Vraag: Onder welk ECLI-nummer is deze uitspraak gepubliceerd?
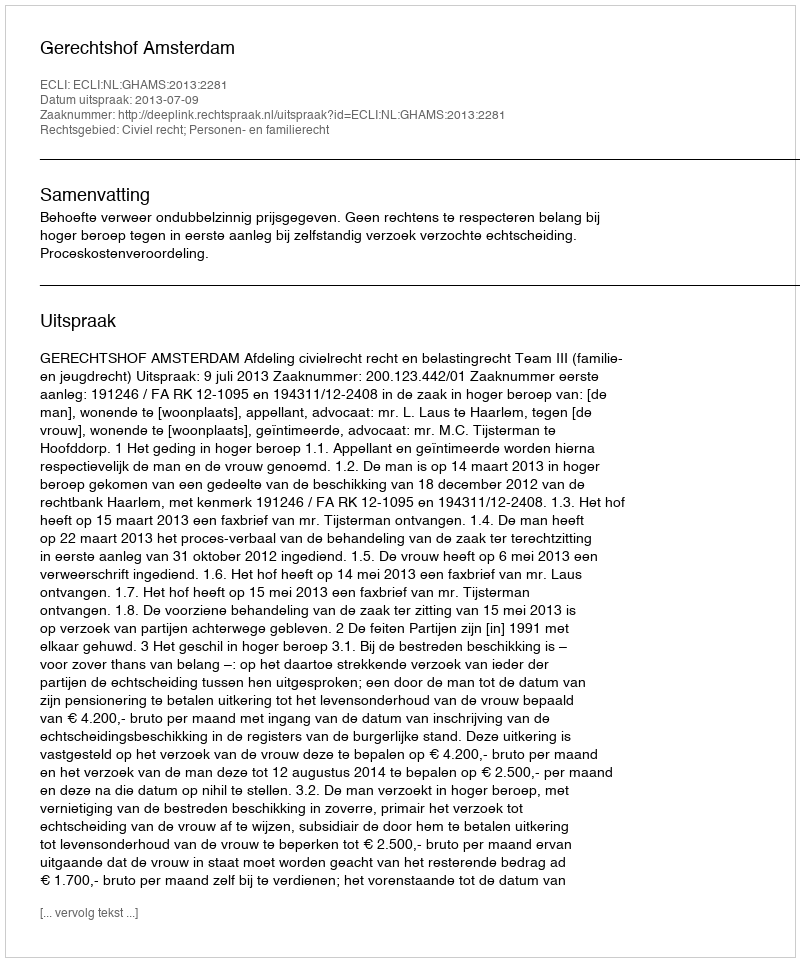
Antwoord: ECLI:NL:GHAMS:2013:2281